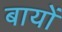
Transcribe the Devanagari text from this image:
बायों